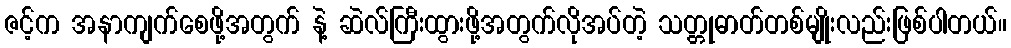
ဇင့်က အနာကျက်စေဖို့အတွက် နဲ့ ဆဲလ်ကြီးထွားဖို့အတွက်လိုအပ်တဲ့ သတ္တုဓာတ်တစ်မျိုးလည်းဖြစ်ပါတယ်။